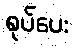
စုပ်ပေး